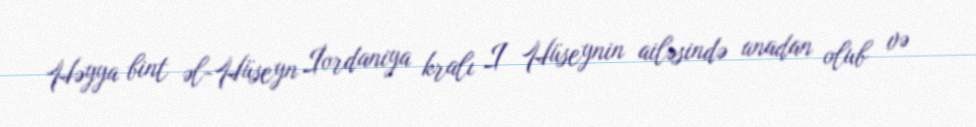
Həyya bint əl-Hüseyn İordaniya kralı I Hüseynin ailəsində anadan olub və